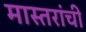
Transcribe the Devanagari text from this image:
मास्तरांची